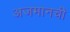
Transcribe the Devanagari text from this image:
अजमानची